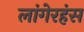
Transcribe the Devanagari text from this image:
लांगेरहंस